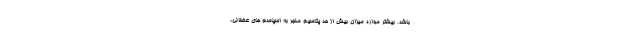
باشد. بیشتر موارد میزان بیش از حد پتاسیم منجر به اسپاسم های عضلانی،